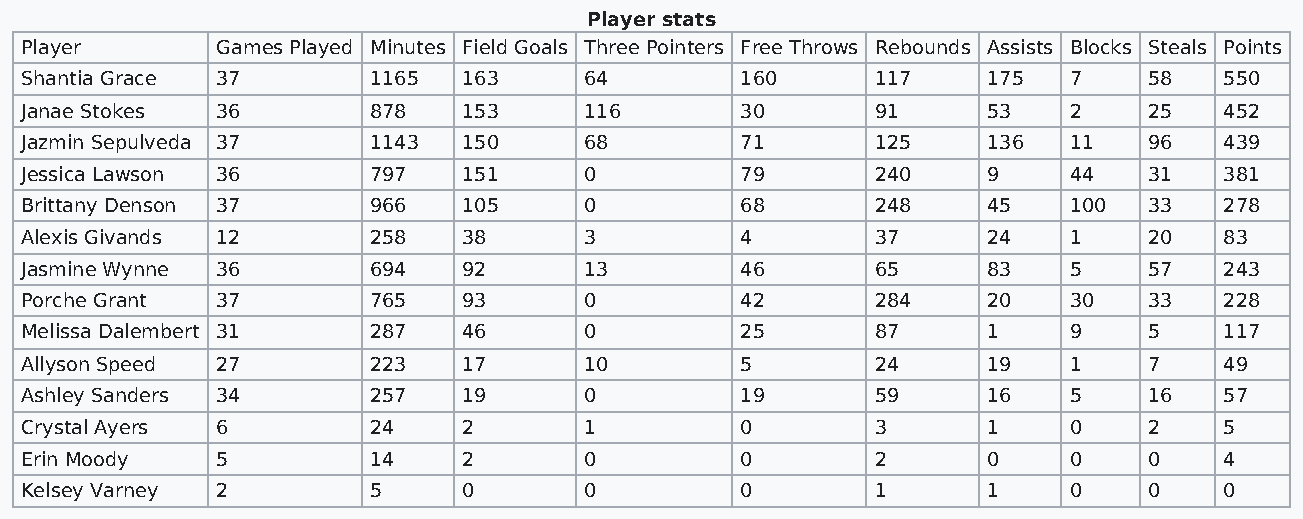
Player stats
 Player       Games Played Minutes Field Goals Three Pointers Free Throws Rebounds Assists Blocks Steals Points
 Shantia Grace 37       1165   163     64        160      117    175   7    58   550
 Janae Stokes 36        878    153     116       30       91     53    2    25   452
 Jazmin Sepulveda 37    1143   150     68        71       125    136   11   96   439
 Jessica Lawson 36      797    151     0         79       240    9     44   31   381
 Brittany Denson 37     966    105     0         68       248    45    100  33   278
 Alexis Givands 12      258    38      3         4        37     24    1    20   83
 Jasmine Wynne 36       694    92      13        46       65     83    5    57   243
 Porche Grant 37        765    93      0         42       284    20    30   33   228
 Melissa Dalembert 31   287    46      0         25       87     1     9    5    117
 Allyson Speed 27       223    17      10        5        24     19    1    7    49
 Ashley Sanders 34      257    19      0         19       59     16    5    16   57
 Crystal Ayers 6        24     2       1         0        3      1     0    2    5
 Erin Moody   5         14     2       0         0        2      0     0    0    4
 Kelsey Varney 2        5      0       0         0        1      1     0    0    0